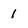
Character: 1